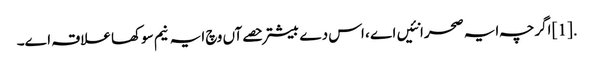
.[1] اگرچہ ایہ صحرا نئیں اے ، اس دے بیشتر حصےآں وچ ایہ نیم سوکھا علاقہ ا‏‏ے۔